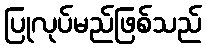
ပြုလုပ်မည်ဖြစ်သည်